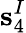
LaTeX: \textbf{s}_{4}^{I}